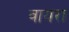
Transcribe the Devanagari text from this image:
वायरा